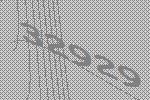
32929